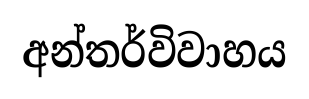
අන්තර්විවාහය